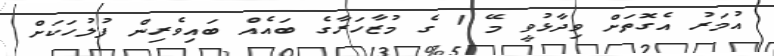
އުމަރު އެގޮތަށް ވިދާޅުވީ މޭ 1 ގެ މުޒާހަރާގެ ބައެއް ބައިވެރިން ފުލުހަކަށް